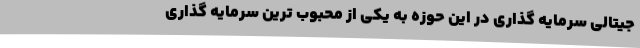
جیتالی سرمایه گذاری در این حوزه به یکی از محبوب ترین سرمایه گذاری